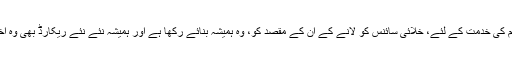
عام عوام کے لئے، قوم کی خدمت کے لئے، خلائی سائنس کو لانے کے ان کے مقصد کو، وہ ہمیشہ بنائے رکھا ہے اور ہمیشہ نئے نئے ریکارڈ بھی وہ اخذ کرتے جا رہے ہیں۔